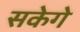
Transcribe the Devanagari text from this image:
सकेगे